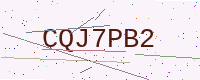
Text: CQJ7PB2